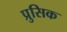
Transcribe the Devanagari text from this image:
प्रुसिक